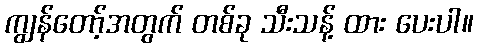
ကျွန်တော့်အတွက် တစ်ခု သီးသန့် ထား ပေးပါ။